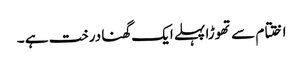
اختتام سے تھوڑا پہلے ایک گھنا درخت ہے ۔